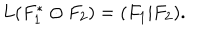
L ( F _ { 1 } ^ { * } \odot F _ { 2 } ) = ( F _ { 1 } | F _ { 2 } ) .